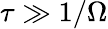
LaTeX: \tau\gg 1/\Omega